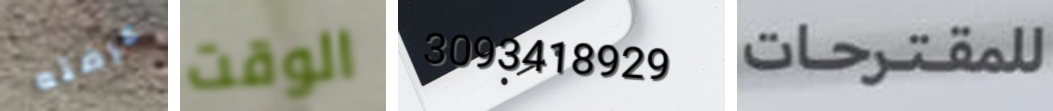
عرضته الوقت 3093418929 للمقترحات